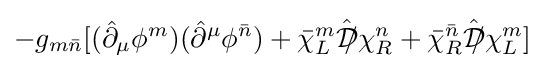
-g_{m{\bar {n}}}[({\hat {\partial }}_{\mu }\phi ^{m})({\hat {\partial }}^{\mu }\phi ^{\bar {n}})+{\bar {\chi }}_{L}^{m}{\hat {{\mathcal {D}}\!\!\!/}}\chi _{R}^{n}+{\bar {\chi }}_{R}^{\bar {n}}{\hat {{\mathcal {D}}\!\!\!/}}\chi _{L}^{m}]